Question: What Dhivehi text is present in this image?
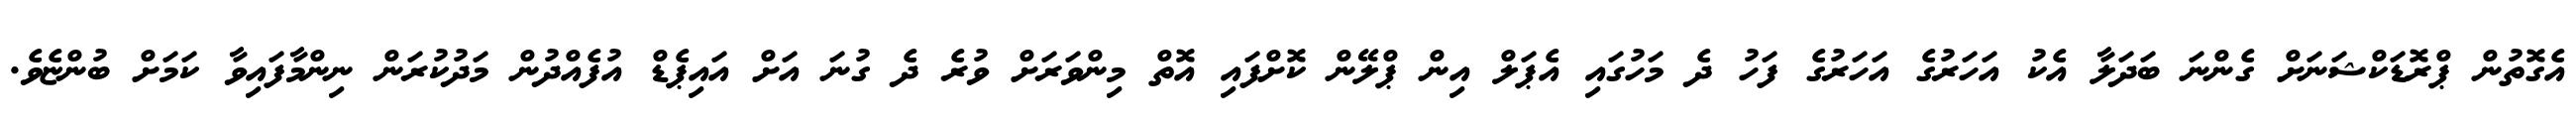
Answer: އެގޮތުން ޕްރޮޑަކްޝަނަށް ގެންނަ ބަދަލާ އެކު އަހަރުގެ އަހަރުގެ ފަހު ދެ މަހުގައި އެޕަލް އިން ޕްލޭން ކޮށްފައި އޮތް މިންވަރަށް ވުރެ ދެ ގުނަ އަށް އައިޕެޑް އުފެއްދުން މަދުކުރަން ނިންމާފައިވާ ކަމަށް ބުންޏެވެ.